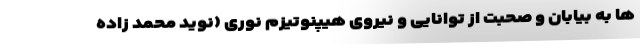
ها به بیابان و صحبت از توانایی و نیروی هیپنوتیزم نوری (نوید محمد زاده